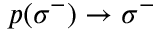
\: p ( \sigma ^ { - } ) \rightarrow \sigma ^ { - } \: